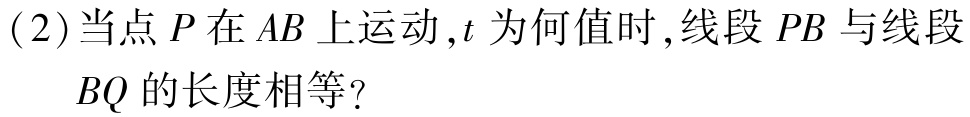
(2)当点\(P\)在\(AB\)上运动，\(t\)为何值时，线段\(PB\)与线段

\(BQ\)的长度相等？